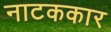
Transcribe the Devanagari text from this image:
नाटककार